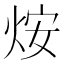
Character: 𤇼